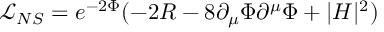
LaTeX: \mathcal { L } _ { N S } = e ^ { - 2 \Phi } ( - 2 R - 8 \partial _ { \mu } \Phi \partial ^ { \mu } \Phi + | H | ^ { 2 } )